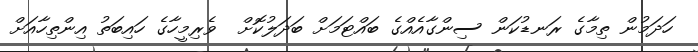
ހަދަމުން ތިމާގެ ރަނޑުކަން ސިންގާއެއްގެ ބައްޓަމަށް ބަދަލުކޮށް  ވެރިމީހާގެ ހައިބަތު އިންތިހާއަށް